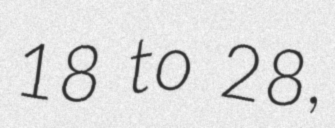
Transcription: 18 to 28,